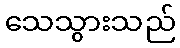
သေသွားသည်